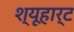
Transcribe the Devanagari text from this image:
श्यूहार्ट